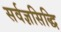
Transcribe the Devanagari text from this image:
सर्वज्ञसिद्धि